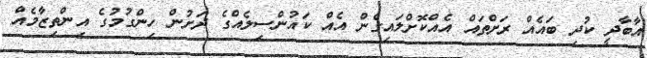
އާބާދީ ކުދި ބައެއް ރަށްތައް އެއްކޮށްލައިގެން އެއް ކައުންސިލެއްގެ ދަށުން ހިންގުމުގެ އިންތިޒާމެއް